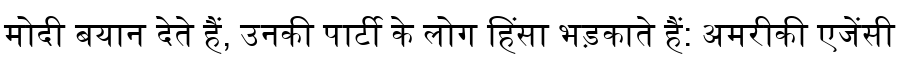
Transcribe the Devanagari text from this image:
मोदी बयान देते हैं, उनकी पार्टी के लोग हिंसा भड़काते हैं: अमरीकी एजेंसी